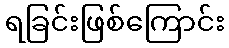
ရခြင်းဖြစ်ကြောင်း